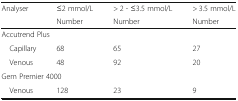
<table><thead><tr><td><b>Analyser</b></td><td><b>≤2 mmol/L</b></td><td><b>&gt; 2 - ≤3.5 mmol/L</b></td><td><b>&gt; 3.5 mmol/L</b></td></tr><tr><td></td><td><b>Number</b></td><td><b>Number</b></td><td><b>Number</b></td></tr></thead><tbody><tr><td colspan="4">Accutrend Plus</td></tr><tr><td> Capillary</td><td>68</td><td>65</td><td>27</td></tr><tr><td> Venous</td><td>48</td><td>92</td><td>20</td></tr><tr><td colspan="4">Gem Premier 4000</td></tr><tr><td> Venous</td><td>128</td><td>23</td><td>9</td></tr></tbody></table>